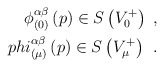
\begin{align*}\phi _{(0)}^{\alpha \beta }\left( p\right) \in S\left( V_0^{+}\right)\ , \\phi _{(\mu )}^{\alpha \beta }\left( p\right) \in S\left( V_\mu^{+}\right) \;\,.\end{align*}